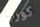
كورب